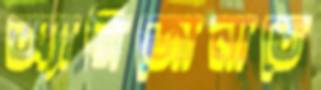
অ্যারিজোনাতে